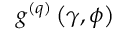
g ^ { ( q ) } \left( \gamma , \phi \right)